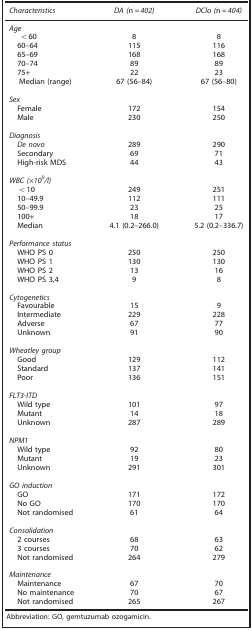
<table><thead><tr><td><b><i>Characteristics</i></b></td><td><b><i>DA (</i>n=<i>402)</i></b></td><td><b><i>DClo (</i>n=<i>404)</i></b></td></tr></thead><tbody><tr><td colspan="3"><i>Age</i></td></tr><tr><td>&lt;60</td><td>8</td><td>8</td></tr><tr><td> 60–64</td><td>115</td><td>116</td></tr><tr><td> 65–69</td><td>168</td><td>168</td></tr><tr><td> 70–74</td><td>89</td><td>89</td></tr><tr><td> 75+</td><td>22</td><td>23</td></tr><tr><td>Median (range)</td><td>67 (56–84)</td><td>67 (56–80)</td></tr><tr><td colspan="3"> </td></tr><tr><td colspan="3"><i>Sex</i></td></tr><tr><td><i> </i>Female</td><td>172</td><td>154</td></tr><tr><td> Male</td><td>230</td><td>250</td></tr><tr><td colspan="3"> </td></tr><tr><td colspan="3"><i>Diagnosis</i></td></tr><tr><td> <i>De novo</i></td><td>289</td><td>290</td></tr><tr><td> Secondary</td><td>69</td><td>71</td></tr><tr><td> High-risk MDS</td><td>44</td><td>43</td></tr><tr><td colspan="3"> </td></tr><tr><td colspan="3"><i>WBC (× 10</i><sup><i>9</i></sup><i>/l)</i></td></tr><tr><td> &lt;10</td><td>249</td><td>251</td></tr><tr><td> 10–49.9</td><td>112</td><td>111</td></tr><tr><td> 50–99.9</td><td>23</td><td>25</td></tr><tr><td> 100+</td><td>18</td><td>17</td></tr><tr><td> Median</td><td>4.1 (0.2–266.0)</td><td>5.2 (0.2–336.7)</td></tr><tr><td colspan="3"> </td></tr><tr><td colspan="3"><i>Performance status</i></td></tr><tr><td> WHO PS 0</td><td>250</td><td>250</td></tr><tr><td> WHO PS 1</td><td>130</td><td>130</td></tr><tr><td> WHO PS 2</td><td>13</td><td>16</td></tr><tr><td> WHO PS 3,4</td><td>9</td><td>8</td></tr><tr><td colspan="3"> </td></tr><tr><td colspan="3"><i>Cytogenetics</i></td></tr><tr><td> Favourable</td><td>15</td><td>9</td></tr><tr><td> Intermediate</td><td>229</td><td>228</td></tr><tr><td> Adverse</td><td>67</td><td>77</td></tr><tr><td> Unknown</td><td>91</td><td>90</td></tr><tr><td colspan="3"> </td></tr><tr><td colspan="3"><i>Wheatley group</i></td></tr><tr><td> Good</td><td>129</td><td>112</td></tr><tr><td> Standard</td><td>137</td><td>141</td></tr><tr><td> Poor</td><td>136</td><td>151</td></tr><tr><td colspan="3"> </td></tr><tr><td colspan="3"><i>FLT3-ITD</i></td></tr><tr><td> Wild type</td><td>101</td><td>97</td></tr><tr><td> Mutant</td><td>14</td><td>18</td></tr><tr><td> Unknown</td><td>287</td><td>289</td></tr><tr><td colspan="3"> </td></tr><tr><td colspan="3"><i>NPM1</i></td></tr><tr><td> Wild type</td><td>92</td><td>80</td></tr><tr><td> Mutant</td><td>19</td><td>23</td></tr><tr><td> Unknown</td><td>291</td><td>301</td></tr><tr><td colspan="3"> </td></tr><tr><td colspan="3"><i>GO induction</i></td></tr><tr><td> GO</td><td>171</td><td>172</td></tr><tr><td> No GO</td><td>170</td><td>170</td></tr><tr><td> Not randomised</td><td>61</td><td>64</td></tr><tr><td colspan="3"> </td></tr><tr><td colspan="3"><i>Consolidation</i></td></tr><tr><td> 2 courses</td><td>68</td><td>63</td></tr><tr><td> 3 courses</td><td>70</td><td>62</td></tr><tr><td> Not randomised</td><td>264</td><td>279</td></tr><tr><td colspan="3"> </td></tr><tr><td colspan="3"><i>Maintenance</i></td></tr><tr><td> Maintenance</td><td>67</td><td>70</td></tr><tr><td> No maintenance</td><td>70</td><td>67</td></tr><tr><td> Not randomised</td><td>265</td><td>267</td></tr></tbody></table>